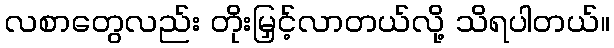
လစာတွေလည်း တိုးမြှင့်လာတယ်လို့ သိရပါတယ်။